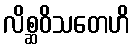
လိစ္ဆဝိသတေဟိ